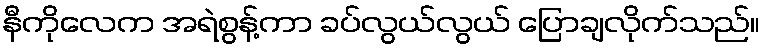
နီကိုလေက အရဲစွန့်ကာ ခပ်လွယ်လွယ် ပြောချလိုက်သည်။